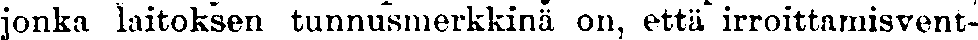
jonka laitoksen tunnusmerkkinä on, että irroittamisvent-